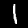
Digit: 1